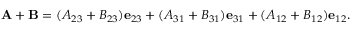
\mathbf { A } + \mathbf { B } = ( A _ { 2 3 } + B _ { 2 3 } ) \mathbf { e } _ { 2 3 } + ( A _ { 3 1 } + B _ { 3 1 } ) \mathbf { e } _ { 3 1 } + ( A _ { 1 2 } + B _ { 1 2 } ) \mathbf { e } _ { 1 2 } .